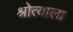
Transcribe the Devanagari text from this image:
श्रोत्याला